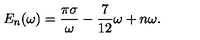
E _ { n } ( \omega ) = \frac { \pi \sigma } { \omega } - \frac { 7 } { 1 2 } \omega + n \omega .